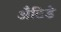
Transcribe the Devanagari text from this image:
अँटिडे